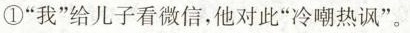
①“我”给儿子看微信，他对此“冷嘲热讽”。